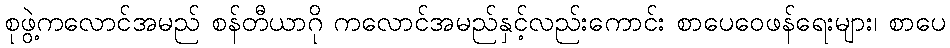
စုဖွဲ့ကလောင်အမည် စန်တီယာဂို ကလောင်အမည်နှင့်လည်းကောင်း စာပေဝေဖန်ရေးများ၊ စာပေ